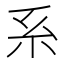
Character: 系